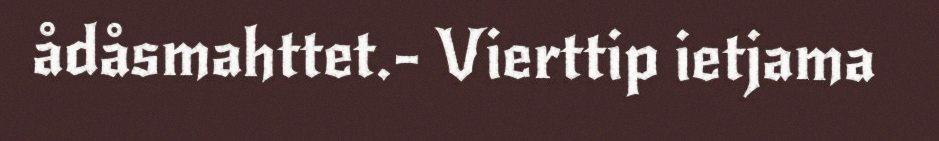
ådåsmahttet.- Vierttip ietjama